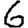
Digit: 6